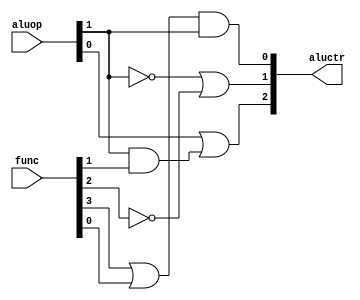
module alu_control(output [2:0] aluctr,
						 input [1:0] aluop,
						 input [5:0] func
					 );
					 
	wire w1,w2,w3,w4;
	
	and (w1,aluop[1],func[1]);
	or (aluctr[2],aluop[0],w1);
	
	not(w2,aluop[1]);
	not(w3,func[2]);
	or(aluctr[1],w2,w3);
	
	or(w4,func[3],func[0]);
	and(aluctr[0],w4,aluop[1]);
			 
endmodule